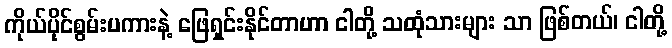
ကိုယ်ပိုင်စွမ်းပကားနဲ့ ဖြေရှင်းနိုင်တာဟာ ငါတို့ သထုံသားများ သာ ဖြစ်တယ်၊ ငါတို့